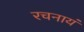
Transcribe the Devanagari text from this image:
रचनायं